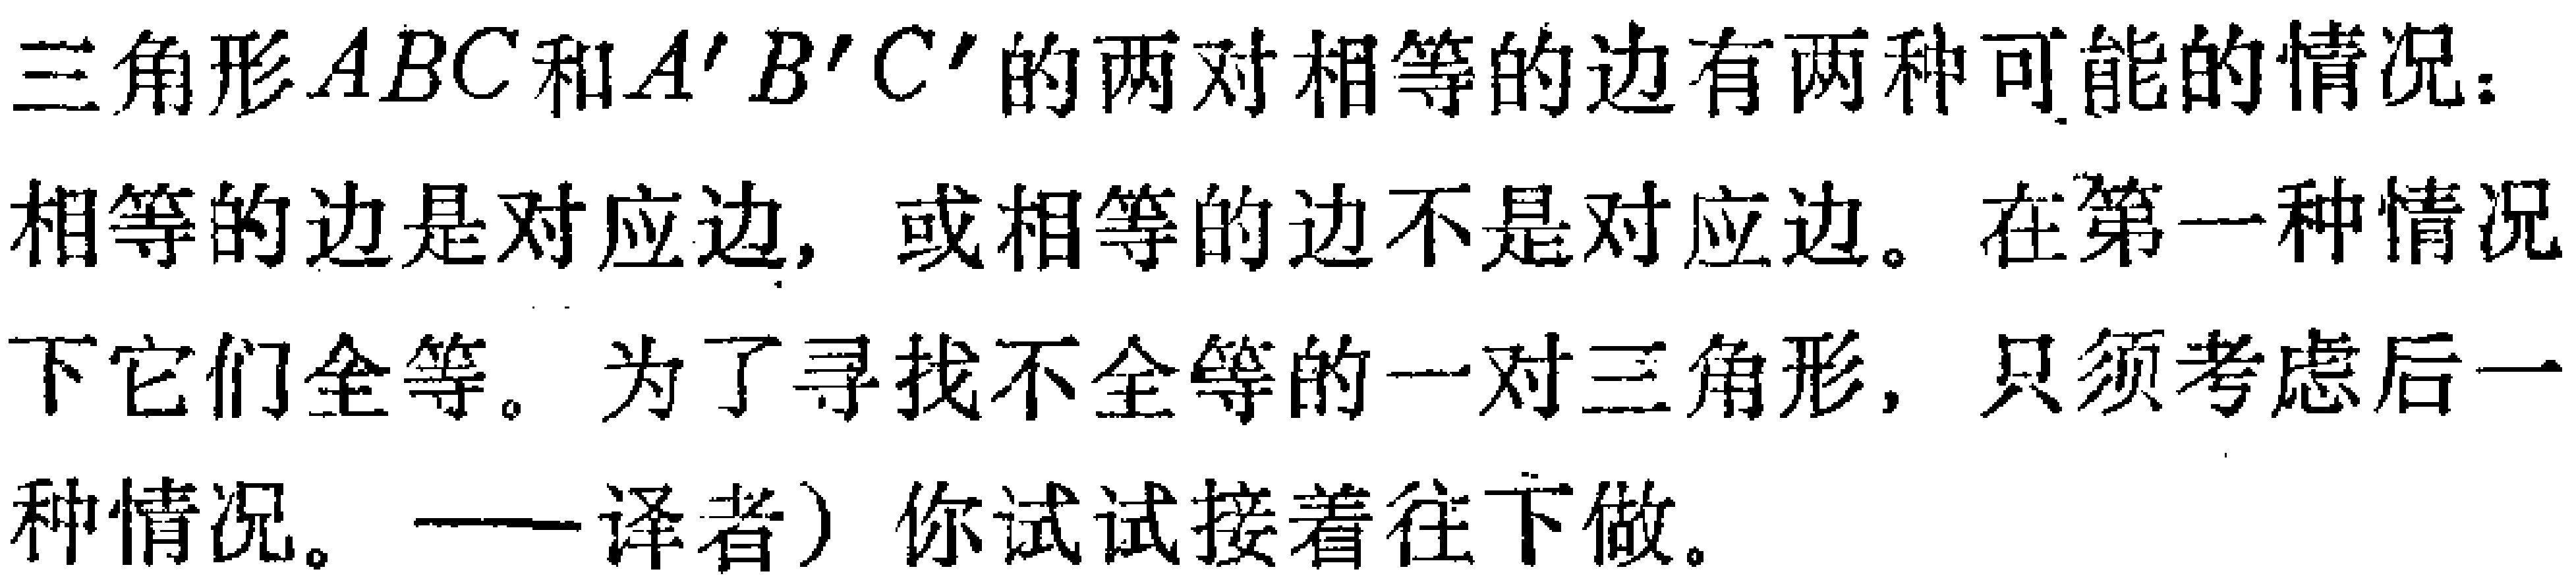
三角形 \(ABC\) 和 \(A'B'C'\) 的两对相等的边有两种可能的情况：相等的边是对应边，或相等的边不是对应边。在第一种情况下它们全等。为了寻找不全等的一对三角形，只须考虑后一种情况。——译者）你试试接着往下做。